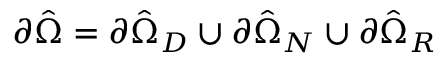
\partial \hat { \Omega } = \partial \hat { \Omega } _ { D } \cup \partial \hat { \Omega } _ { N } \cup \partial \hat { \Omega } _ { R }